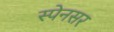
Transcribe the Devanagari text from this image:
स्पेनसर